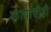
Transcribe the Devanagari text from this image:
कार्याचीही